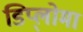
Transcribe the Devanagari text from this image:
डिप्लो्मा